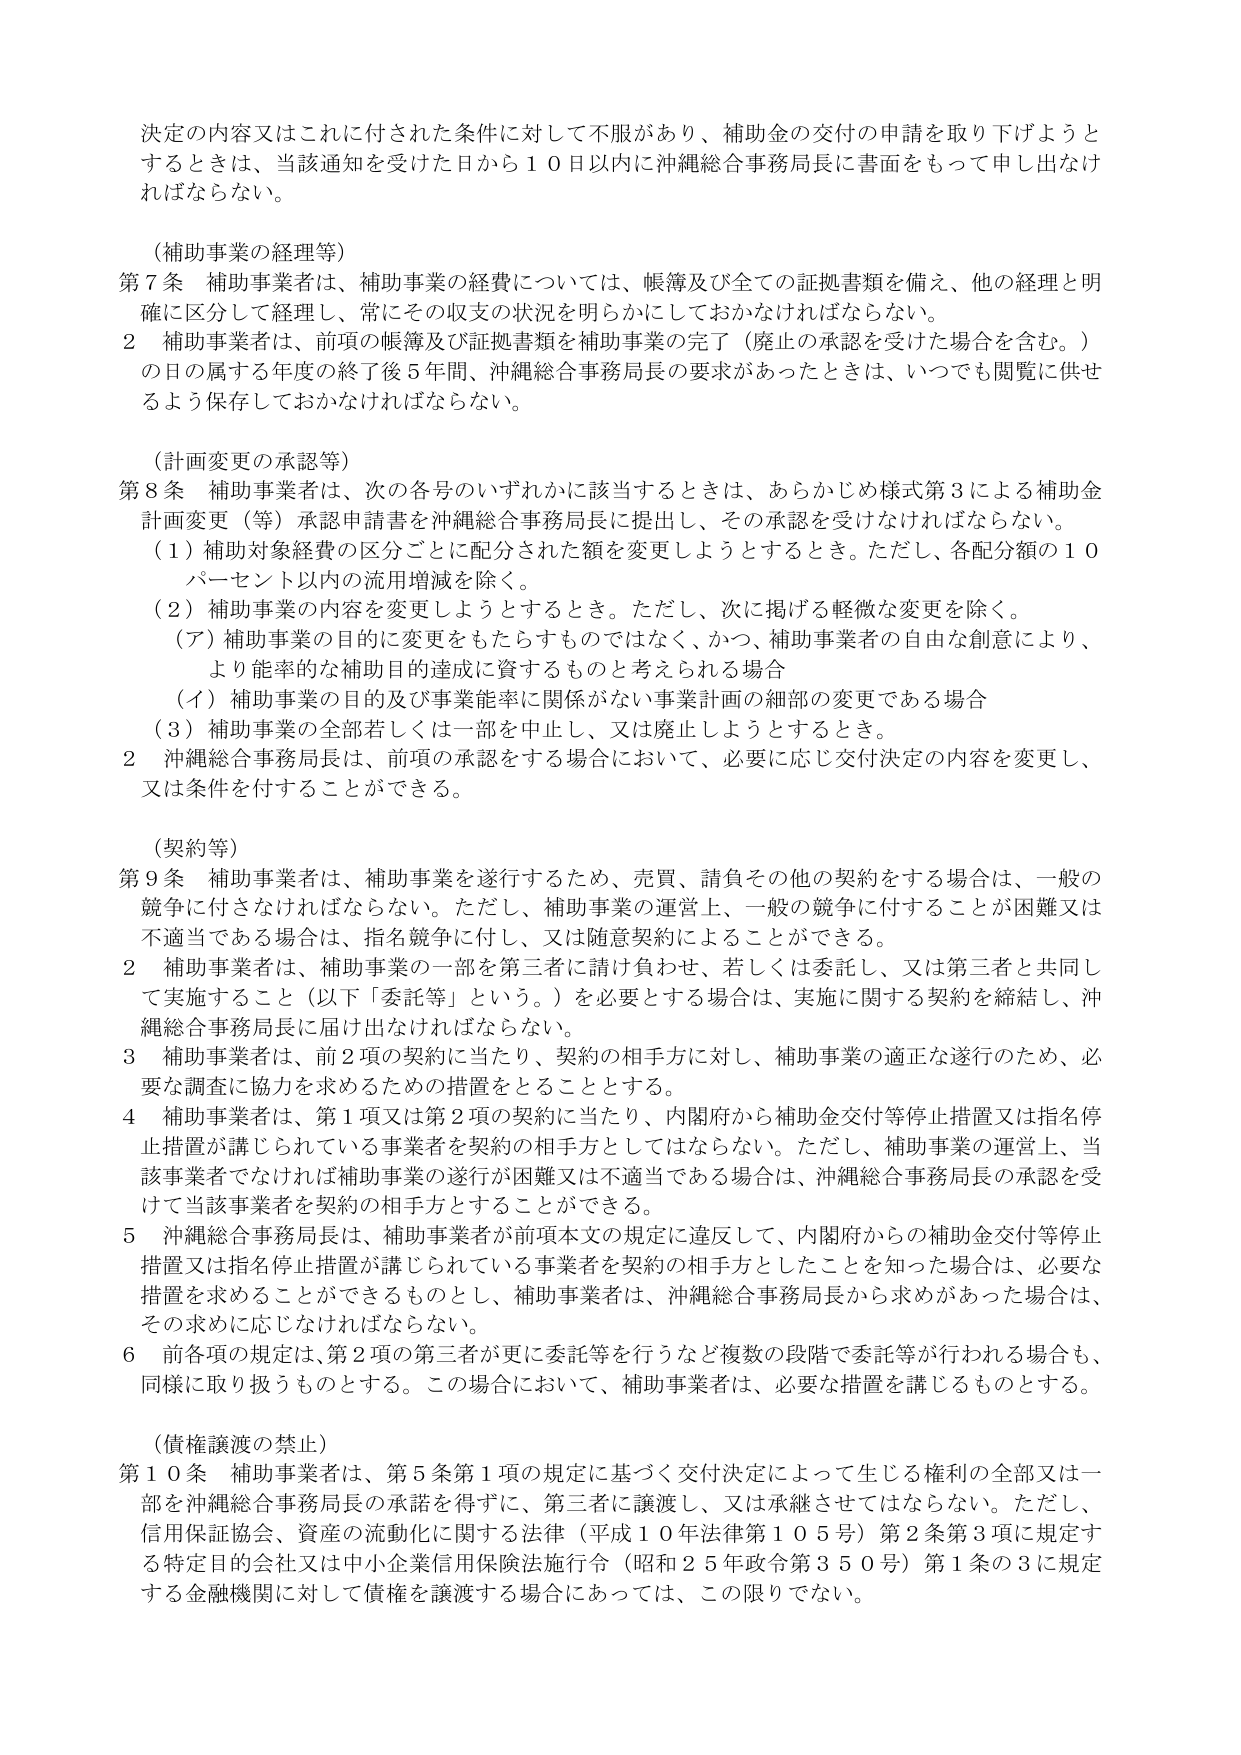
決定の内容又はこれに付された条件に対して不服があり、補助金の交付の申請を取り下げようとするときは、当該通知を受けた日から１０日以内に沖縄総合事務局長に書面をもって申し出なければならない。

（補助事業の経理等）
第７条 補助事業者は、補助事業の経費については、帳簿及び全ての証拠書類を備え、他の経理と明確に区分して経理し、常にその収支の状況を明らかにしておかなければならない。
２ 補助事業者は、前項の帳簿及び証拠書類を補助事業の完了（廃止の承認を受けた場合を含む。）の日の属する年度の終了後５年間、沖縄総合事務局長の要求があったときは、いつでも閲覧に供せるよう保存しておかなければならない。

（計画変更の承認等）
第８条 補助事業者は、次の各号のいずれかに該当するときは、あらかじめ様式第３による補助金計画変更（等）承認申請書を沖縄総合事務局長に提出し、その承認を受けなければならない。
（１）補助対象経費の区分ごとに配分された額を変更しようとするとき。ただし、各配分額の１０パーセント以内の流用増減を除く。
（２）補助事業の内容を変更しようとするとき。ただし、次に掲げる軽微な変更を除く。
（ア）補助事業の目的に変更をもたらすものではなく、かつ、補助事業者の自由な創意により、より能率的な補助目的達成に資するものと考えられる場合
（イ）補助事業の目的及び事業能率に関係がない事業計画の細部の変更である場合
（３）補助事業の全部若しくは一部を中止し、又は廃止しようとするとき。
２ 沖縄総合事務局長は、前項の承認をする場合において、必要に応じ交付決定の内容を変更し、又は条件を付することができる。

（契約等）
第９条 補助事業者は、補助事業を遂行するため、売買、請負その他の契約をする場合は、一般の競争に付さなければならない。ただし、補助事業の運営上、一般の競争に付することが困難又は不適当である場合は、指名競争に付し、又は随意契約によることができる。
２ 補助事業者は、補助事業の一部を第三者に請け負わせ、若しくは委託し、又は第三者と共同して実施すること（以下「委託等」という。）を必要とする場合は、実施に関する契約を締結し、沖縄総合事務局長に届け出なければならない。
３ 補助事業者は、前２項の契約に当たり、契約の相手方に対し、補助事業の適正な遂行のため、必要な調査に協力を求めるための措置をとることとする。
４ 補助事業者は、第１項又は第２項の契約に当たり、内閣府から補助金交付等停止措置又は指名停止措置が講じられている事業者を契約の相手方としてはならない。ただし、補助事業の運営上、当該事業者でなければ補助事業の遂行が困難又は不適当である場合は、沖縄総合事務局長の承認を受けて当該事業者を契約の相手方とすることができる。
５ 沖縄総合事務局長は、補助事業者が前項本文の規定に違反して、内閣府からの補助金交付等停止措置又は指名停止措置が講じられている事業者を契約の相手方としたことを知った場合は、必要な措置を求めることができるものとし、補助事業者は、沖縄総合事務局長から求めがあった場合は、その求めに応じなければならない。
６ 前各項の規定は、第２項の第三者が更に委託等を行うなど複数の段階で委託等が行われる場合も、同様に取り扱うものとする。この場合において、補助事業者は、必要な措置を講じるものとする。

（債権譲渡の禁止）
第１０条 補助事業者は、第５条第１項の規定に基づく交付決定によって生じる権利の全部又は一部を沖縄総合事務局長の承諾を得ずに、第三者に譲渡し、又は承継させてはならない。ただし、信用保証協会、資産の流動化に関する法律（平成１０年法律第１０５号）第２条第３項に規定する特定目的会社又は中小企業信用保険法施行令（昭和２５年政令第３５０号）第１条の３に規定する金融機関に対して債権を譲渡する場合にあっては、この限りでない。